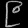
Digit: ၉